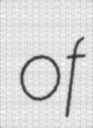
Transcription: of